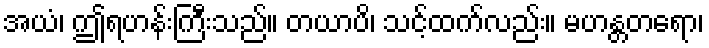
အယံ၊ ဤရဟန်းကြီးသည်။ တယာပိ၊ သင့်ထက်လည်း။ မဟန္တတရော၊